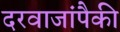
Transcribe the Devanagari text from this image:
दरवाजांपैकी